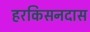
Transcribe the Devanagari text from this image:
हरकिसनदास